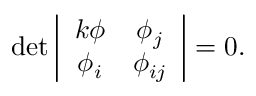
\operatorname * { d e t } \left| \begin{array} { c c } { { k \phi } } & { { \phi _ { j } } } \\ { { \phi _ { i } } } & { { \phi _ { i j } } } \end{array} \right| = 0 .